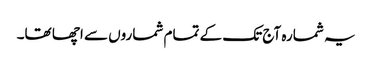
یہ شمارہ آج تک کے تمام شماروں سے اچھا تھا۔